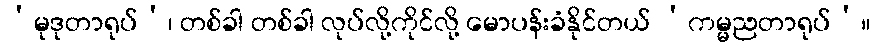
‘မုဒုတာရုပ်’၊ တစ်ခါ တစ်ခါ လုပ်လို့ကိုင်လို့ မောပန်းခံနိုင်တယ် ‘ကမ္မညတာရုပ်’။